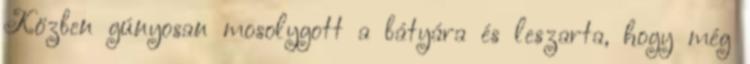
Közben gúnyosan mosolygott a bátyára és leszarta, hogy még